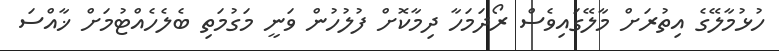
ހުޅުމާލޭގެ އިތުރަށް މާލޭގައިވެސް ރޯދަމަހާ ދިމާކޮށް ފުލުހުން ވަނީ މަގުމަތި ބެލެހެއްޓުމަށް ޚާއްސަ